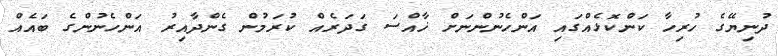
ދުނިޔޭގެ ހުރިހާ ކަންކޮޅެއްގައި އަންހެނުންނަށް ޚާއްސަ ގަދަރެއް ކުރަމުން ގެންދާއިރު އަންހެނުންގެ ބައެއް